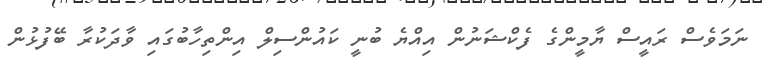
ނަމަވެސް ރައީސް ޔާމީންގެ ފެކްޝަނުން އިއްޔެ ބުނީ ކައުންސިލް އިންތިހާބުގައި ވާދަކުރާ ބޭފުޅުން